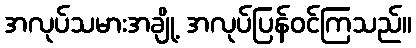
အလုပ်သမားအချို့ အလုပ်ပြန်ဝင်ကြသည်။